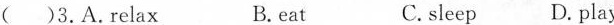
( )3.A.Relax B.eat C.sleep D. play